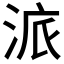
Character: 𱦩